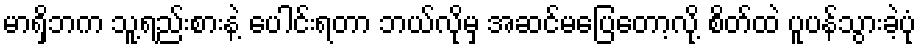
မာရှိဘက သူ့ရည်းစားနဲ့ ပေါင်းရတာ ဘယ်လိုမှ အဆင်မပြေတော့လို့ စိတ်ထဲ ပူပန်သွားခဲ့ပုံ